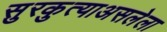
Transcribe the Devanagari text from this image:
सुरकुत्याअसलेला